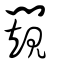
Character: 闚